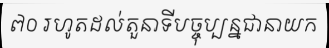
៧០ រហូតដល់តួនាទីបច្ចុប្បន្នជានាយក